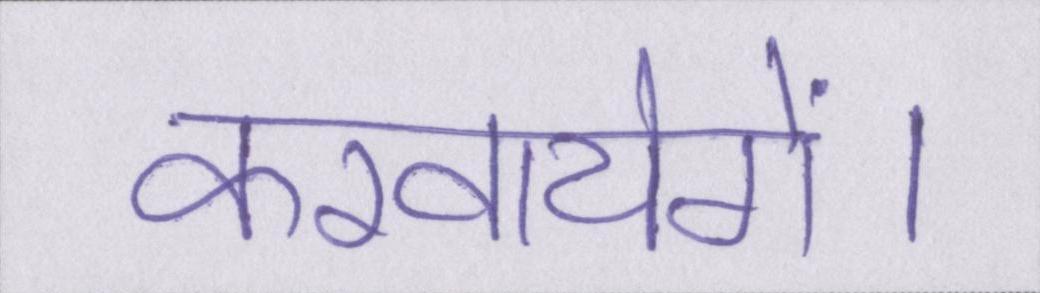
करवायेगें।